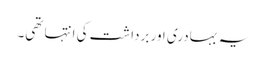
یہ بہادری اور برداشت کی انتہا تھی۔